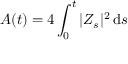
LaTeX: A ( t ) = 4 \int _ { 0 } ^ { t } | Z _ { s } | ^ { 2 } \, \mathrm { d } s